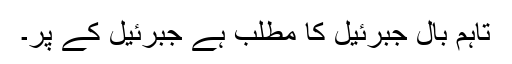
تاہم بال جبرئیل کا مطلب ہے جبرئیل کے پر۔